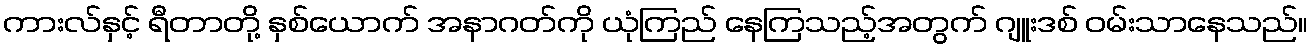
ကားလ်နှင့် ရီတာတို့ နှစ်ယောက် အနာဂတ်ကို ယုံကြည် နေကြသည့်အတွက် ဂျူးဒစ် ဝမ်းသာနေသည်။